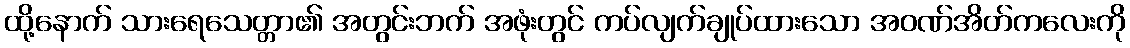
ထို့နောက် သားရေသေတ္တာ၏ အတွင်းဘက် အဖုံးတွင် ကပ်လျက်ချုပ်ထားသော အဝဏ်အိတ်ကလေးကို